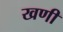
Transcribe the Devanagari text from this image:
खणी